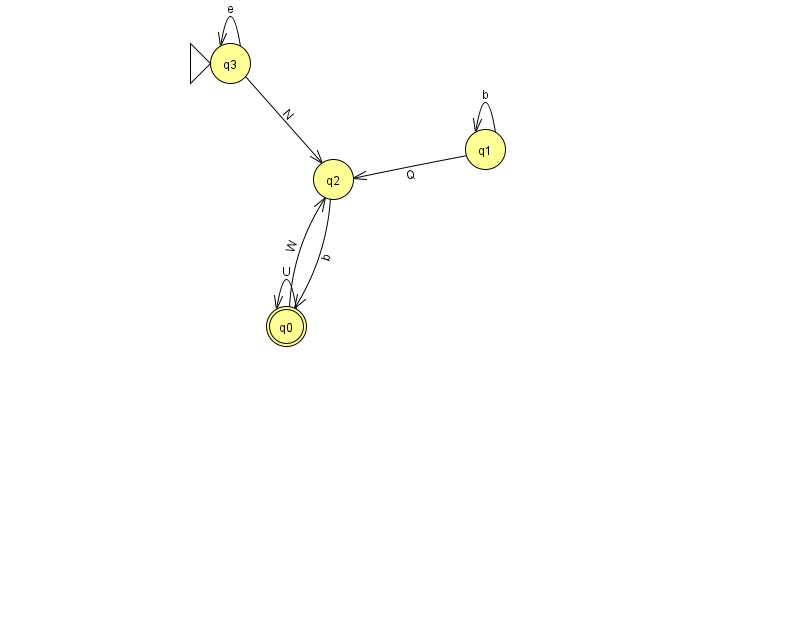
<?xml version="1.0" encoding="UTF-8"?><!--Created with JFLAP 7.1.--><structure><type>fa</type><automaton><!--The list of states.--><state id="0" name="q0"><x>286.0</x><y>313.0</y><final/></state><state id="1" name="q1"><x>485.0</x><y>136.0</y></state><state id="2" name="q2"><x>333.0</x><y>166.0</y></state><state id="3" name="q3"><x>230.0</x><y>50.0</y><initial/></state><!--The list of transitions.--><transition><from>1</from><to>2</to><read>Q</read></transition><transition><from>1</from><to>1</to><read>b</read></transition><transition><from>2</from><to>0</to><read>b</read></transition><transition><from>0</from><to>0</to><read>U</read></transition><transition><from>3</from><to>3</to><read>e</read></transition><transition><from>0</from><to>2</to><read>W</read></transition><transition><from>3</from><to>2</to><read>N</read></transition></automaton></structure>